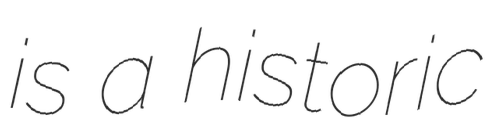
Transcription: is a historic